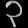
Digit: ၃